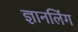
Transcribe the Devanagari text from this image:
ज्ञानलिंग